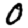
Digit: 0